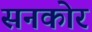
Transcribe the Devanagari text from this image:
सनकोर